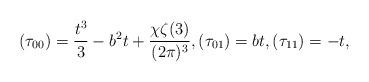
LaTeX: \begin{align*}(\tau_{00})=\frac{t^3}{3}-b^2t+\frac{\chi \zeta(3)}{(2\pi)^3}, (\tau_{01})=bt, (\tau_{11})=-t,\,\end{align*}